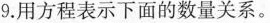
9.用方程表示下面的数量关系。